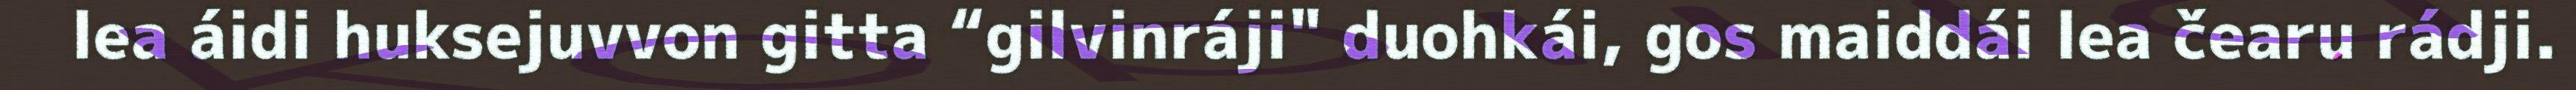
lea áidi huksejuvvon gitta “gilvinráji" duohkái, gos maiddái lea čearu rádji.